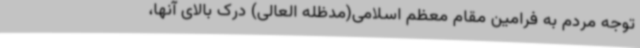
توجه مردم به فرامین مقام معظم اسلامی(مدظله العالی) درک بالای آنها،